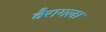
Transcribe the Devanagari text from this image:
वैरागला